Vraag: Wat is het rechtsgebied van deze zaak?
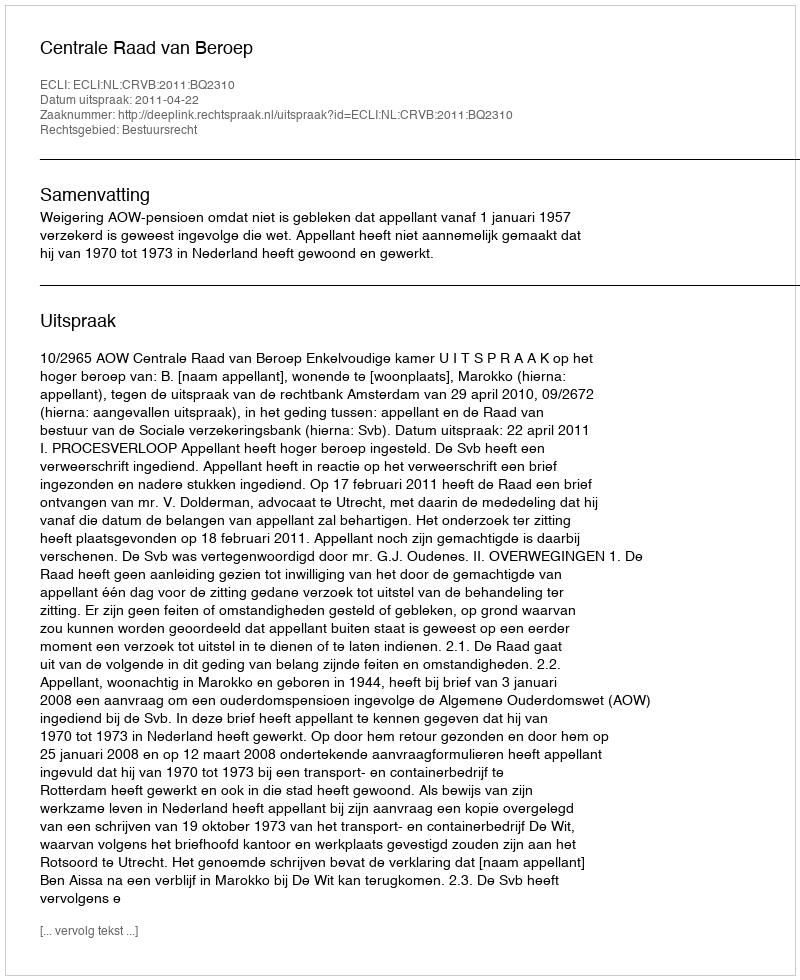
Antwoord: Bestuursrecht